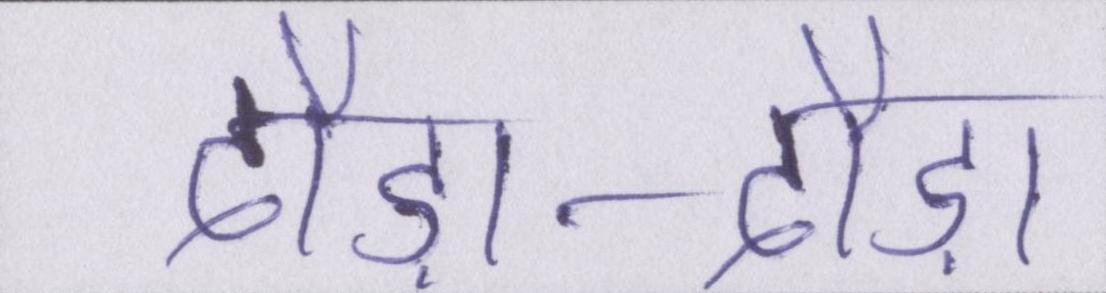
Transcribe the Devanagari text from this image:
दौड़ा-दौड़ा